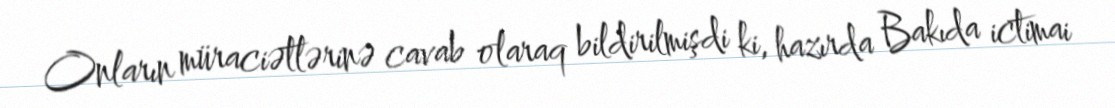
Onların müraciətlərinə cavab olaraq bildirilmişdi ki, hazırda Bakıda ictimai